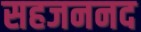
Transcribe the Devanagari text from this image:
सहजननद